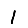
Digit: 1